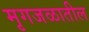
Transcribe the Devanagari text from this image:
मृगजळातील